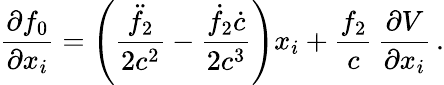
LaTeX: \frac{\partial f_{0}}{\partial x_{i}}=\left(\frac{\ddot{f}_{2}}{2c^{2}}-\frac{\dot{f}_{2}\dot{c}}{2c^{3}}\right)x_{i}+\frac{f_{2}}{c}\, \frac{\partial V}{\partial x_{i}}\, .